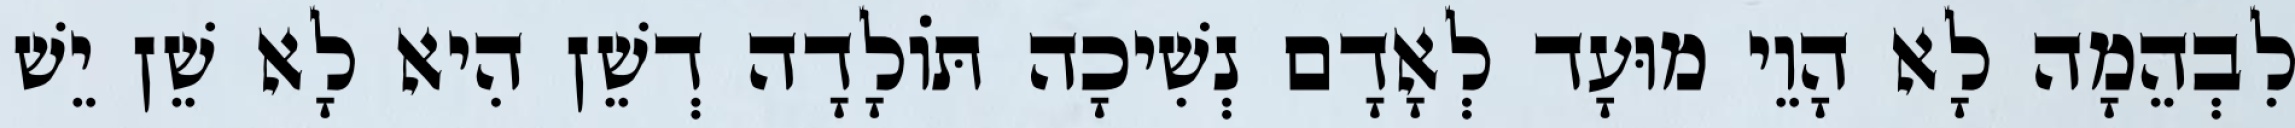
לִבְהֵמָה לָא הָוֵי מוּעָד לְאָדָם נְשִׁיכָה תּוֹלָדָה דְשֵׁן הִיא לָא שֵׁן יֵשׁ